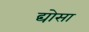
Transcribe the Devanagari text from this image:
द्योसा